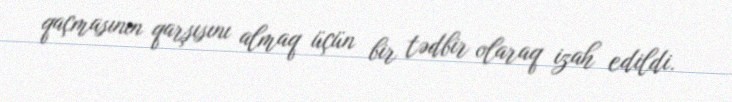
qaçmasının qarşısını almaq üçün bir tədbir olaraq izah edildi.